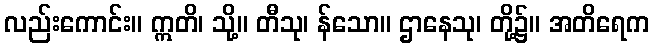
လည်းကောင်း။ ဣတိ၊ သို့။ တီသု၊ န်သော။ ဌာနေသု၊ တို့၌။ အတိရေက